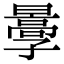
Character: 𡦩